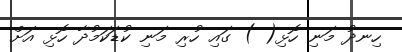
ހިނދު މަނި ހޮޅި( ) ގައި ހުރި މަނި ކުޑަކަމުދާ ހޮޅި އަށް